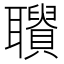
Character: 𦘋